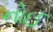
નોઈ